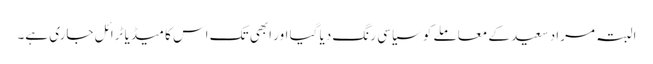
البتہ مراد سعید کے معاملے کو سیاسی رنگ دیا گیا اور ابھی تک اس کا میڈیا ٹرائل جاری ہے۔